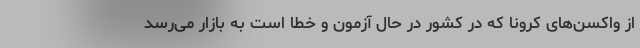
از واکسن‌های کرونا که در کشور در حال آزمون و خطا است به بازار می‌رسد